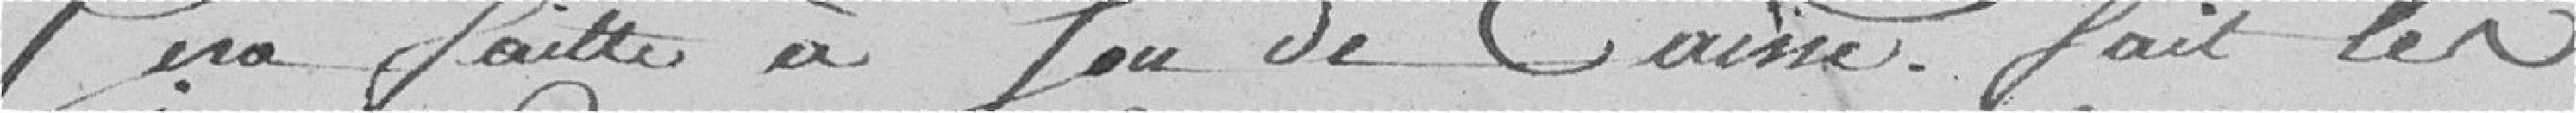
sera faite à     de caisse. Fait les